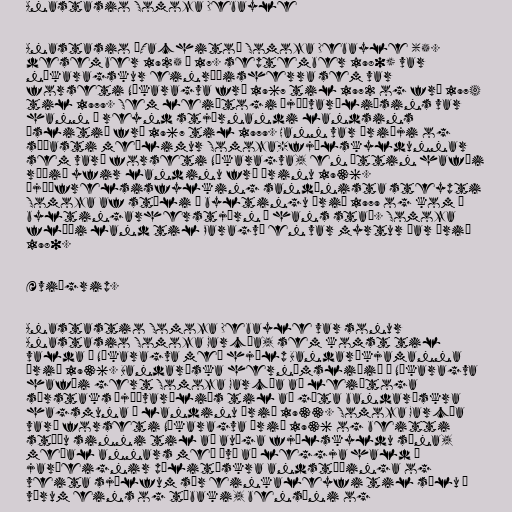
Anastasio Somoza Debayle

Anastasio „Tachito“ Somoza Debayle (5.
desember 1925 – 17. september 1980) var
níkaragskur einræðisherra sem var
forseti Níkaragva frá 1967 til 1972 og frá 1974
til 1979. Sem leiðtogi Þjóðvarðliðsins var
hann í reynd stjórnandi landsins
óslitið frá 1967 til 1979. Hann var þriðji og
síðasti meðlimur Somoza-fjölskyldunnar
sem varð forseti Níkaragva, en ættin hafði
ráðið yfir landinu frá árinu 1936.
Þjóðfrelsisfylking sandínista steypti
Somoza af stóli í byltingu árið 1979 og kom á
byltingarherstjórn í hans stað. Somoza
flúði land til Paragvæ en var myrtur þar árið
1980.

Æviágrip.

Anastastio Somoza Debayle var sonur
Anastasio Somoza García, sem komst til
valda í Níkaragva með hjálp Bandaríkjamanna
árið 1936. Bandaríska hernámsliðið í Níkaragva
hafði gert Somoza García að leiðtoga
sérstaks Þjóðvarðliðs til að gæta bandarískra
hagsmuna í landinu árið 1933. Somoza García
varð forseti Níkaragva árið 1936 og beitti
stöðu sinni til að auðga fjölskyldu sína,
meðal annars með því að leggja hald á
jarðeignir pólitískra andstæðinga og
veita sjálfum sér einkaleyfi til sölu á
vörum eins og tóbaki, bensíni og